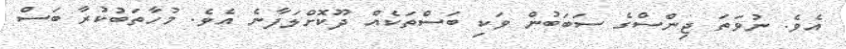
އެވެ. ނުވަތަ ޖިންސްގެ ސަބަބުން ވަކި ބަސްތަކެއް ދޫކޮށްލަފާނެ އެވެ. މުހާތަބުކުރާ ބަސް